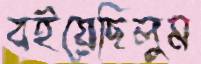
বইয়েছিলুম